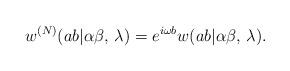
LaTeX: \begin{align*}w^{(N)}(ab|\alpha \beta ,\, \lambda )=e^{i\omega b}w(ab|\alpha \beta ,\, \lambda ).\end{align*}